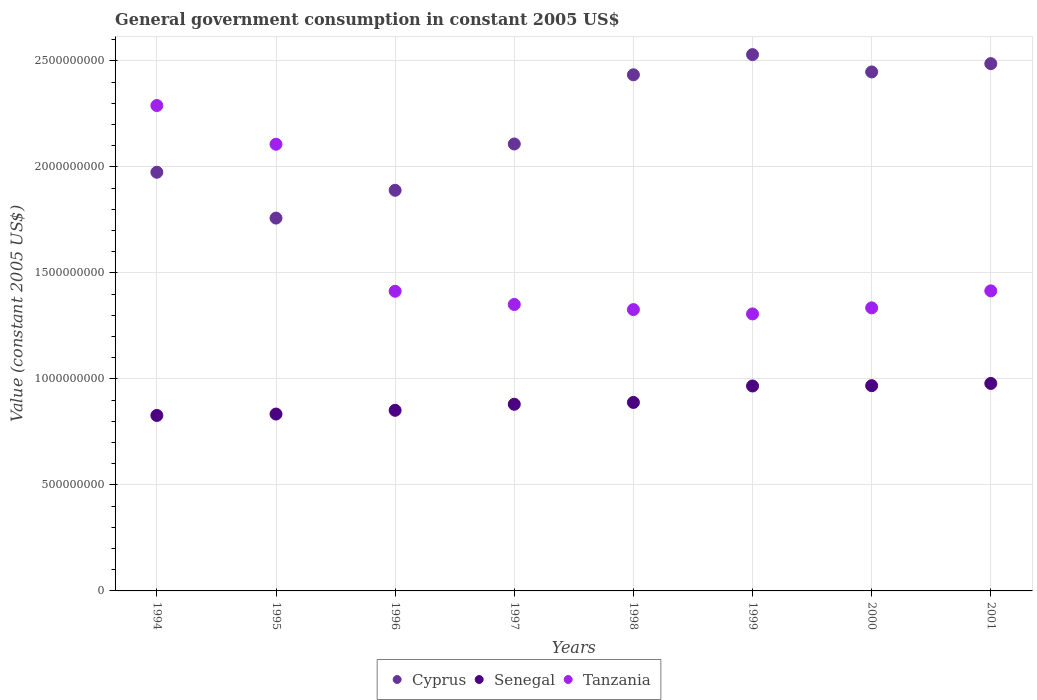
| Years | Cyprus | Senegal | Tanzania |
 | --- | --- | --- | --- |
 | 1994 | 1.97e+09 | 8.28e+08 | 2.29e+09 |
 | 1995 | 1.76e+09 | 8.34e+08 | 2.11e+09 |
 | 1996 | 1.89e+09 | 8.52e+08 | 1.41e+09 |
 | 1997 | 2.11e+09 | 8.8e+08 | 1.35e+09 |
 | 1998 | 2.43e+09 | 8.89e+08 | 1.33e+09 |
 | 1999 | 2.53e+09 | 9.67e+08 | 1.31e+09 |
 | 2000 | 2.45e+09 | 9.68e+08 | 1.34e+09 |
 | 2001 | 2.49e+09 | 9.79e+08 | 1.42e+09 |